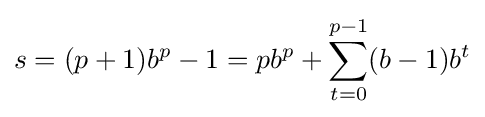
s=(p+1)b^{p}-1=pb^{p}+\sum _{t=0}^{p-1}(b-1)b^{t}